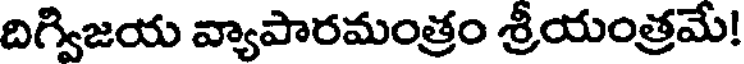
దిగ్విజయ వ్యాపారమంత్రం శ్రీయంత్రమే!